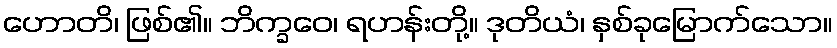
ဟောတိ၊ ဖြစ်၏။ ဘိက္ခဝေ၊ ရဟန်းတို့။ ဒုတိယံ၊ နှစ်ခုမြောက်သော။